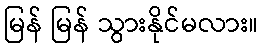
မြန် မြန် သွားနိုင်မလား။